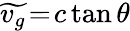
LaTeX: \widetilde{v_{g}}\! =\! c\, \mathrm{tan}\, \theta